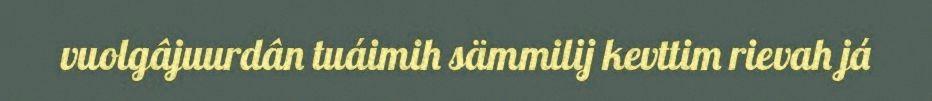
vuolgâjuurdân tuáimih sämmilij kevttim rievah já